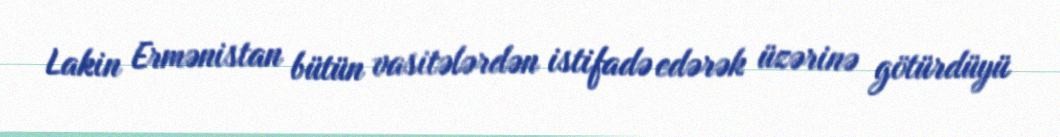
Lakin Ermənistan bütün vasitələrdən istifadə edərək üzərinə götürdüyü